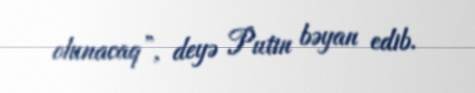
olunacaq”, deyə Putin bəyan edib.